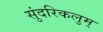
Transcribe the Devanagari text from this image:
सुंदरिकलुम्